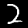
Label: 2